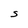
Character: S